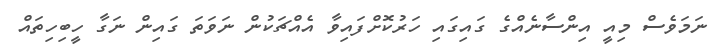
ނަމަވެސް މިއީ އިންސާނެއްގެ ގައިގައި ހަރުކޮށްފައިވާ އެއްޗަކުން ނަވަތަ ގައިން ނަގާ ހީބިހިތައް